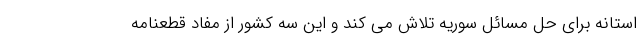
استانه برای حل مسائل سوریه تلاش می کند و این سه کشور از مفاد قطعنامه